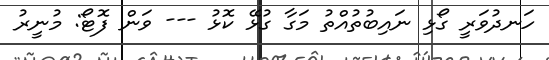
ހަނދުވަރީ ގޯޅި ނައިބުތުއްތު މަގާ ގުޅޭ ކޮޅު --- ވަން ފޮޓޯ: މުނީރު